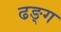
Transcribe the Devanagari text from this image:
ढङ्ग